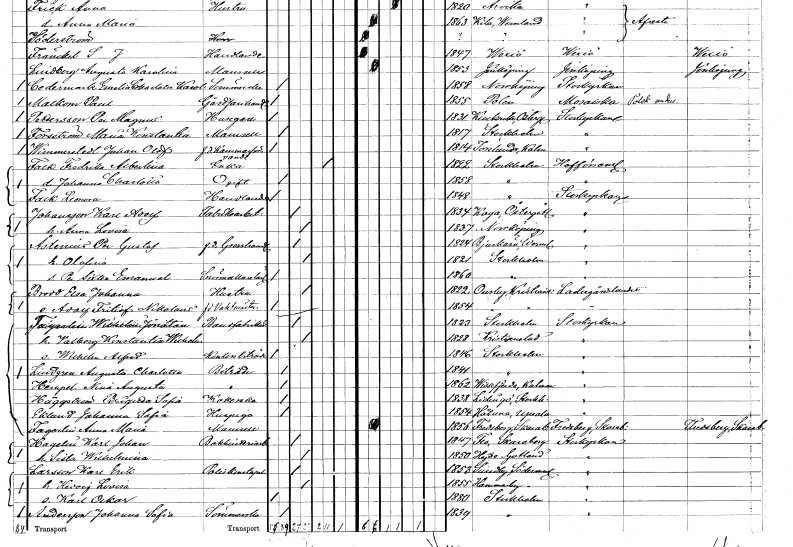
gt_parse: households: individuals: FN: Johan Olof
EN: Wimmerstedt
YRKE: Kammarförvant f.d.
KON: M
CIV: O
FODAR: 1814
FODFORS: Torslunda Kalmar län
FN: Fredrika Albertina
EN: Falk
YRKE: Änka
KON: K
CIV: E
FODAR: 1822
FODFORS: Stockholm
FN: Johanna Charlotta
KON: K
CIV: O
FODAR: 1858
FODFORS: Stockholm
FN: Leonora
EN: Falk
YRKE: Handlande
KON: K
CIV: O
FODAR: 1848
FODFORS: Stockholm
FN: Karl Adolf
EN: Johansson
YRKE: Fabriksarbetare
KON: M
CIV: G
FODAR: 1834
FODFORS: Kaga Östergötlands län
FN: Anna Lovisa
KON: K
CIV: G
FODAR: 1837
FODFORS: Norrköping Östergötlands län
FN: Per Gustaf
EN: Åstenius
YRKE: Grosshandlare f.d.
KON: M
CIV: G
FODAR: 1824
FODFORS: Bjurtjärn Värmlands län
FN: Olofina
KON: K
CIV: G
FODAR: 1821
FODFORS: Stockholm
FN: Per Sixten Emanuel
YRKE: Snörmakaregesäll
KON: M
CIV: O
FODAR: 1860
FODFORS: Stockholm
FN: Elsa Johanna
EN: Broddotter
YRKE: Hustru
KON: K
CIV: G
FODAR: 1822
FODFORS: Osby Kristianstads län
FN: Adolf Fritiof Nikolaus
YRKE: Vaktmästare f.
KON: M
CIV: O
FODAR: 1854
FODFORS: Osby Kristianstads län
FN: Wilhelm Jonatan
EN: Fagerlin
YRKE: Bandfabrikör
KON: M
CIV: G
FODAR: 1823
FODFORS: Stockholm
FN: Valborg Konstantia Wilhelmina
KON: K
CIV: G
FODAR: 1828
FODFORS: Kristianstad Kristianstads län
FN: Wilhelm Alfred
YRKE: Kontorsbiträde
KON: M
CIV: O
FODAR: 1846
FODFORS: Stockholm
FN: Augusta Charlotta
EN: Lindgren
YRKE: Biträde
KON: K
CIV: O
FODAR: 1841
FODFORS: Stockholm
FN: Nina Augusta
EN: Hernpel
YRKE: Biträde
KON: K
CIV: O
FODAR: 1862
FODFORS: Vissefjärda Kalmar län
FN: Brigitta Sofia
EN: Häggström
YRKE: Kokerska
KON: K
CIV: O
FODAR: 1838
FODFORS: Lidingö Stockholms län
FN: Johanna Sofia
EN: Eklund
YRKE: Huspiga
KON: K
CIV: O
FODAR: 1854
FODFORS: Håtuna Stockholms län
FN: Anna Maria
EN: Fagerlin
KON: K
CIV: O
FODAR: 1856
FODFORS: Fredsberg Skaraborgs län
FN: Karl Johan
EN: Hagelin
YRKE: Bokbinderiarbetare
KON: M
CIV: G
FODAR: 1847
FODFORS: Flo Skaraborgs län
FN: Sista Wilhelmina
KON: K
CIV: G
FODAR: 1850
FODFORS: Hejde Gotlands län
FN: Karl Erik
EN: Larsson
YRKE: Poliskonstapel
KON: M
CIV: G
FODAR: 1853
FODFORS: Sundby Södermanlands län
FN: Hedvig Lovisa
KON: K
CIV: G
FODAR: 1855
FODFORS: Hammarby Södermanlands län
FN: Karl Oskar
KON: M
CIV: O
FODAR: 1880
FODFORS: Stockholm
FN: Johanna Sofia
EN: Andersson
YRKE: Sömmerska
KON: K
CIV: O
FODAR: 1839
FODFORS: Stockholm